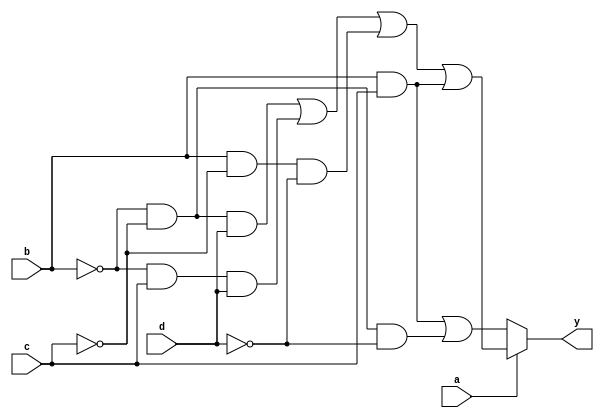
module beh_cond(y, a, b, c, d);
  input a, b, c, d;
  output y;
  assign y = a?(((~b)&(~c)&d)|((~b)&c&d)|(b&(~c)&(~d))|(b&c)):
  ((b&c)|((~b)&(~c)&(~d)));
endmodule